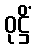
ဝုဋ္ဌိံ